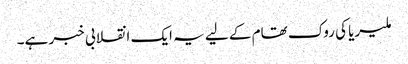
ملیریا کی روک تھام کے لیے یہ ایک انقلابی خبر ہے۔